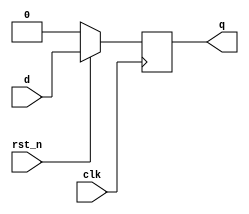
module d_flip_flop (
    input wire clk,        // Clock input
    input wire rst_n,     // Active low synchronous reset
    input wire d,         // Data input
    output reg q          // Data output
);

// Always block triggered on the positive edge of the clock
always @(posedge clk) begin
    if (!rst_n) begin
        // Synchronous reset: set output to 0
        q <= 1'b0;
    end else begin
        // Update output with data input on clock edge
        q <= d;
    end
end

endmodule